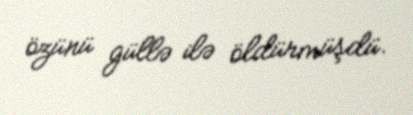
özünü güllə ilə öldürmüşdü.